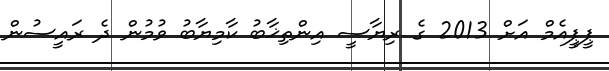
ޕީޕީއެމް އަށް 2013 ގެ ރިޔާސީ އިންތިޚާބު ކާމިޔާބު ވުމުން ދެ ރައީސުން